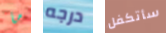
ما درجه سأتكفل